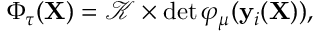
\begin{array} { r } { \Phi _ { \tau } ( \mathbf { X } ) = \mathcal { K } \times \operatorname* { d e t } { \varphi _ { \mu } ( \mathbf { y } _ { i } ( \mathbf { X } ) ) } , } \end{array}